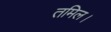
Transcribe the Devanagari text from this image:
तमिल।